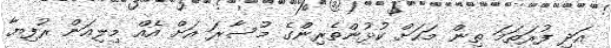
އަދި ފުރަތަމަ ތިން މަހަށް ކުޅުންތެރިންގެ މުސާރަ އަށް އެއް މިލިއަން ރުފިޔާ